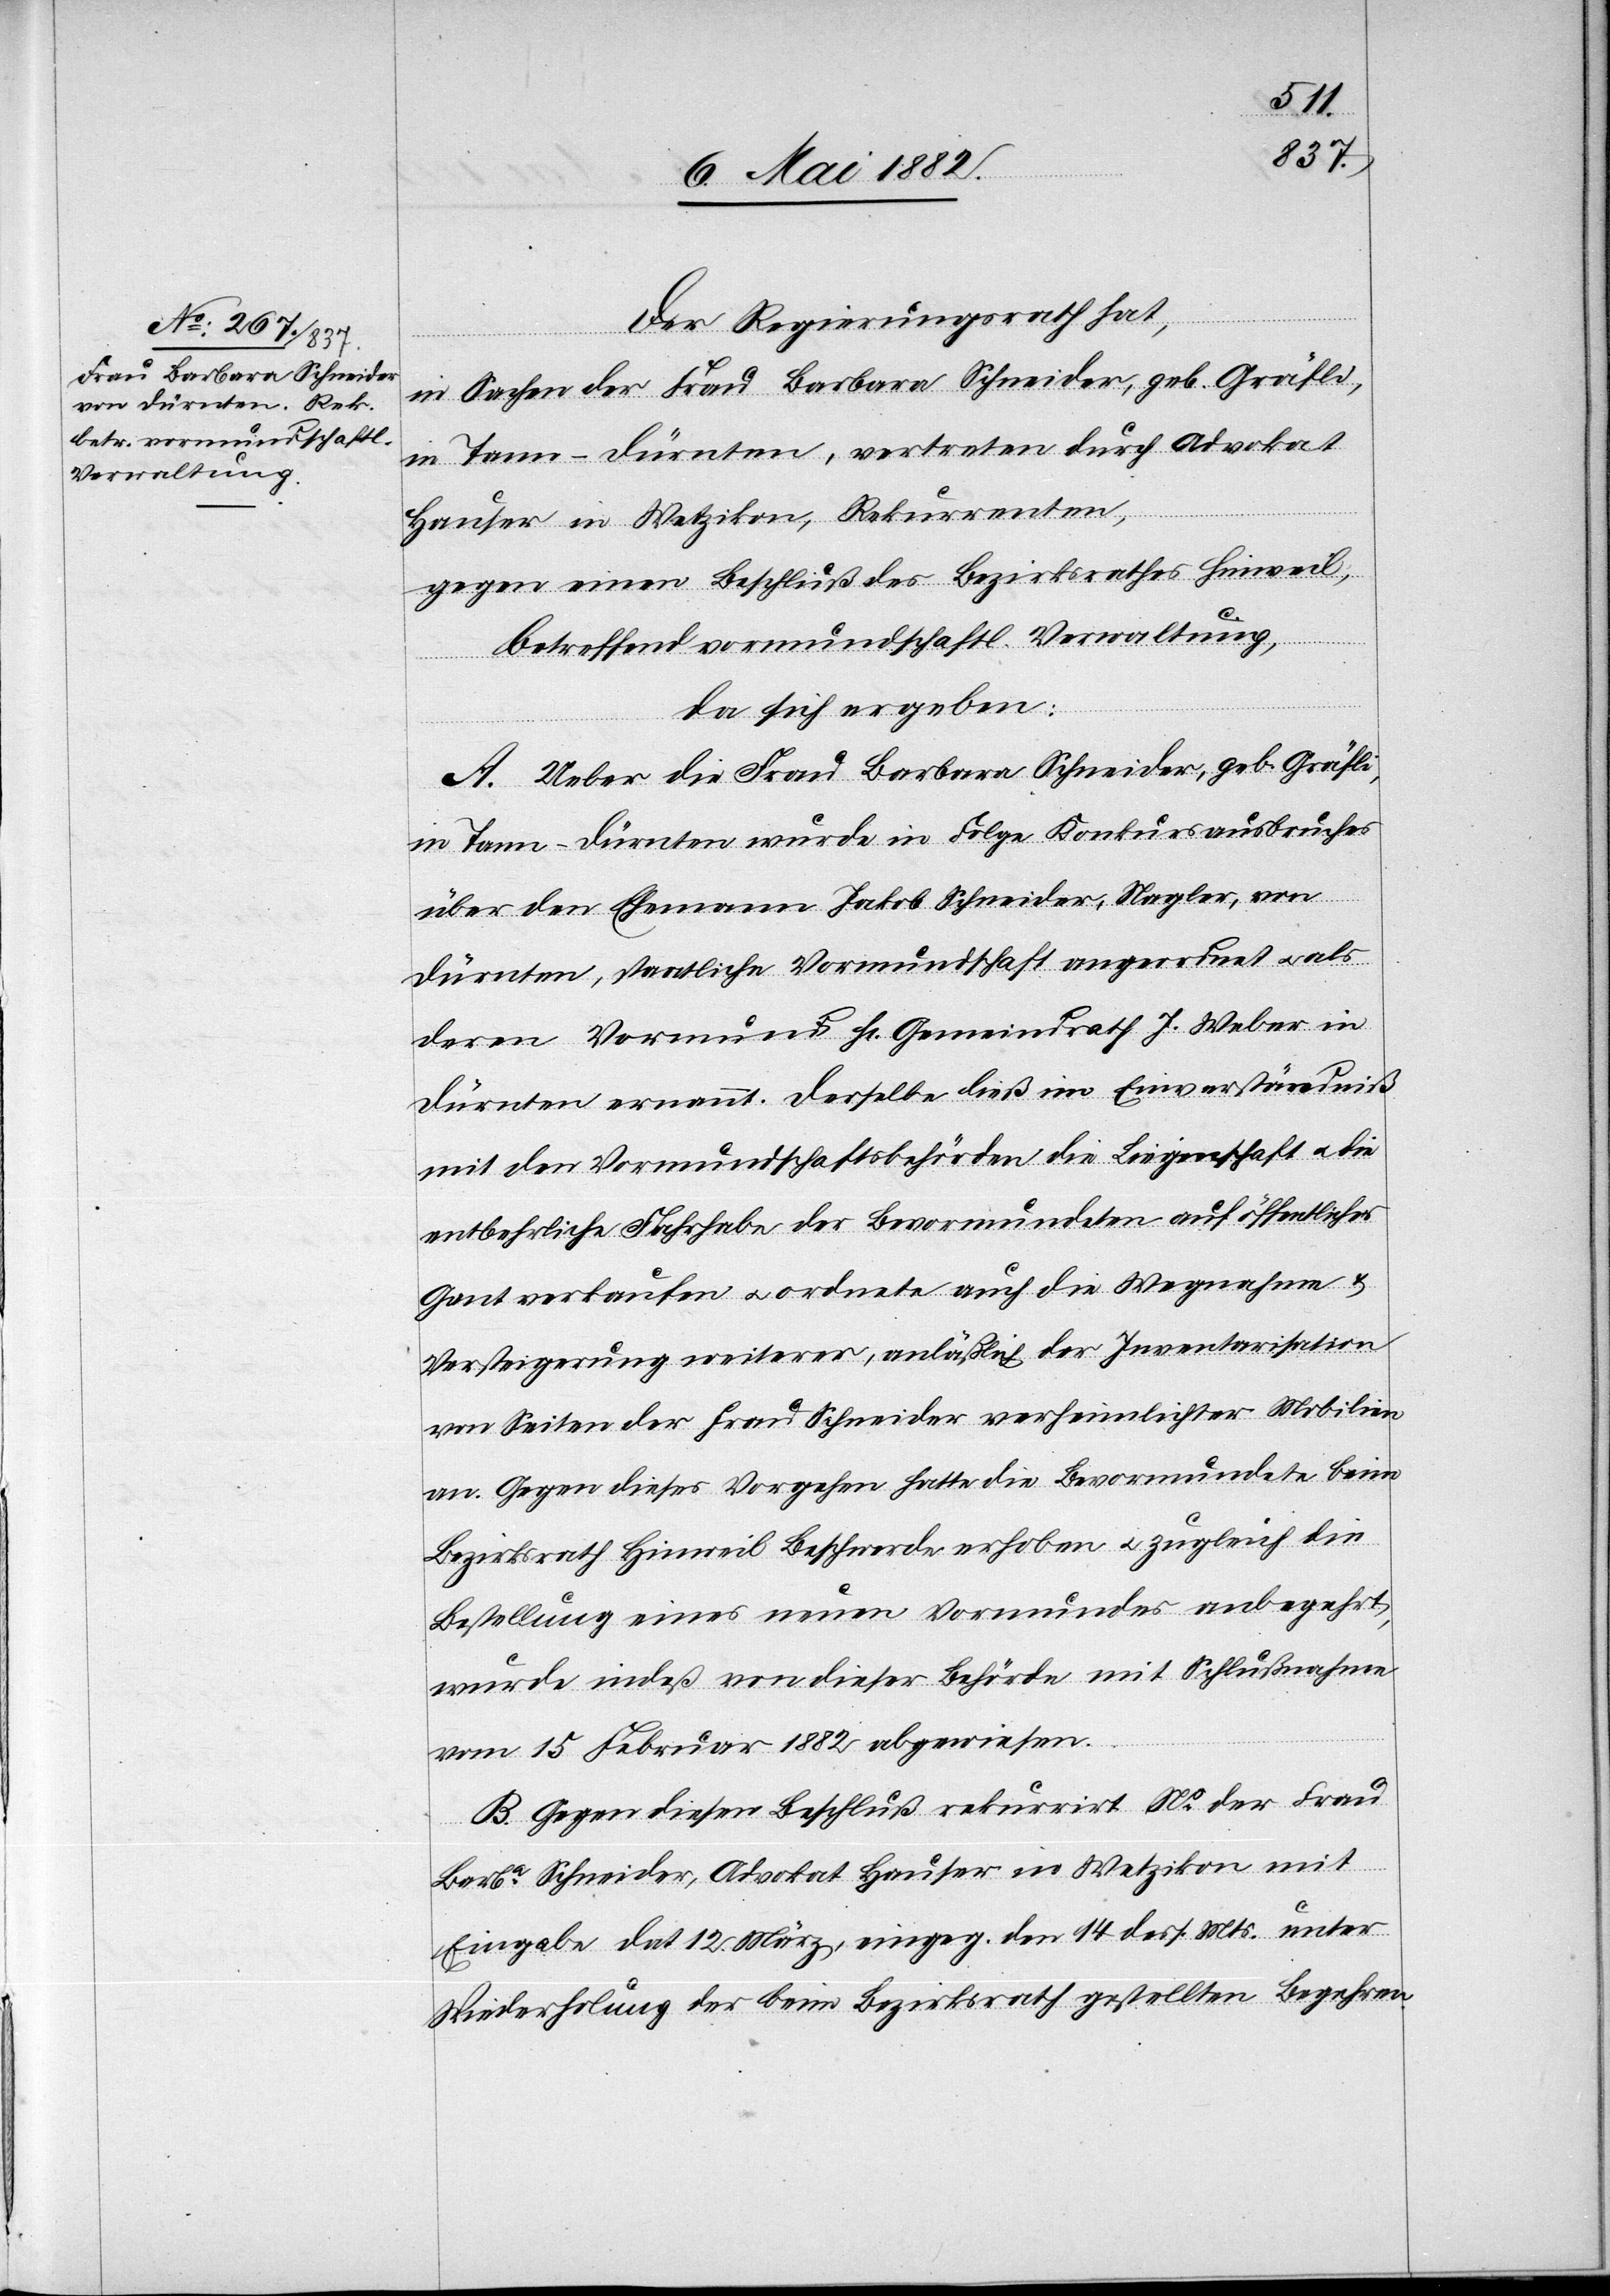
Der Regierungsrath hat,
in Sachen der Frau Barbara Schneider, geb. Gräfli,
in Tann - Dürnten, vertreten durch Advokat
Hauser in Wetzikon, Rekurrenten,
gegen einen Beschluß des Bezirksrathes Hinweil,
betreffend vormundschaftl. Verwaltung,
da sich ergeben:
A. Ueber die Frau Barbara Schneider, geb. Gräfli,
in Tann - Dürnten wurde in Folge Konkursausbruches
über den Ehemann Jakob Schneider, Nagler, von
Dürnten, staatliche Vormundschaft angeordnet u. als
deren Vormund Hr. Gemeindrath J. Weber in
Dürnten ernannt. Derselbe ließ im Einverständniß
mit den Vormundschaftsbehörden die Liegenschaft u. die
entbehrliche Fahrhabe der Bevormundeten auf öffentlicher
Gant verkaufen u. ordnete auch die Wegnahme &
Versteigerung weiterer, anläßlich der Inventarisation
von Seiten der Frau Schneider verheimlichter Mobilien
an. Gegen dieses Vorgehen hatte die Bevormundete beim
Bezirksrath Hinweil Beschwerde erhoben u. zugleich die
Bestellung eines neuen Vormundes anbegehrt,
wurde indeß von dieser Behörde mit Schlußnahme
vom 15. Februar 1882 abgewiesen.
B. Gegen diesen Beschluß rekurrirt Ns der Frau
Barba Schneider, Advokat Hauser in Wetzikon mit
Eingabe dat. 12. März, eingeg. den 14. dess. Mts. unter
Wiederholung der beim Bezirksrath gestellten Begehren.